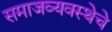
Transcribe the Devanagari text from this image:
समाजव्‍यवस्‍थेचे